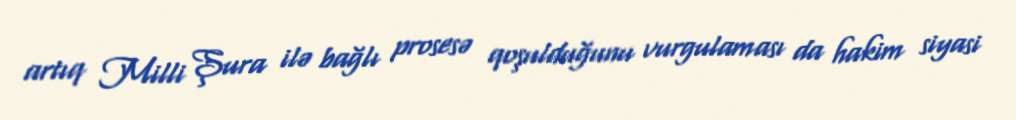
artıq Milli Şura ilə bağlı prosesə qoşulduğunu vurgulaması da hakim siyasi